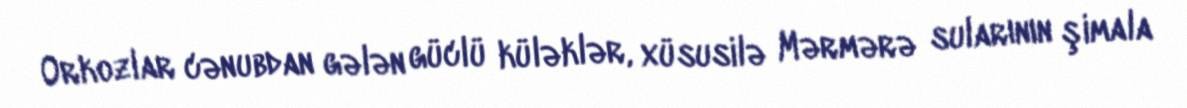
Orkozlar cənubdan gələn güclü küləklər, xüsusilə Mərmərə sularının şimala